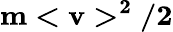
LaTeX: \mathbf{m<v>^{2}/2}